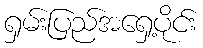
ရှမ်းပြည်အရှေ့ပိုင်း